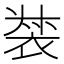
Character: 𧚛